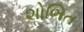
શોભિત